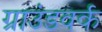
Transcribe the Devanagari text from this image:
ग्राउंडवर्क